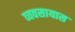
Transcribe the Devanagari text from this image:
व्‍यवसायास